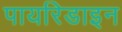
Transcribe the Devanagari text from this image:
पायरिडाइन